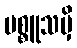
ပစ္စူသမှိ